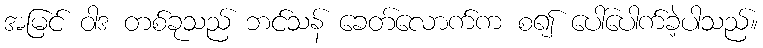
အမြင် ဝါဒ တစ်ခုသည် ဘင်သန် ခေတ်လောက်က စ၍ ပေါ်ပေါက်ခဲ့ပါသည်။